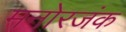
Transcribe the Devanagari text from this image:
मनोरजंक